Leaving Certificate, 1898
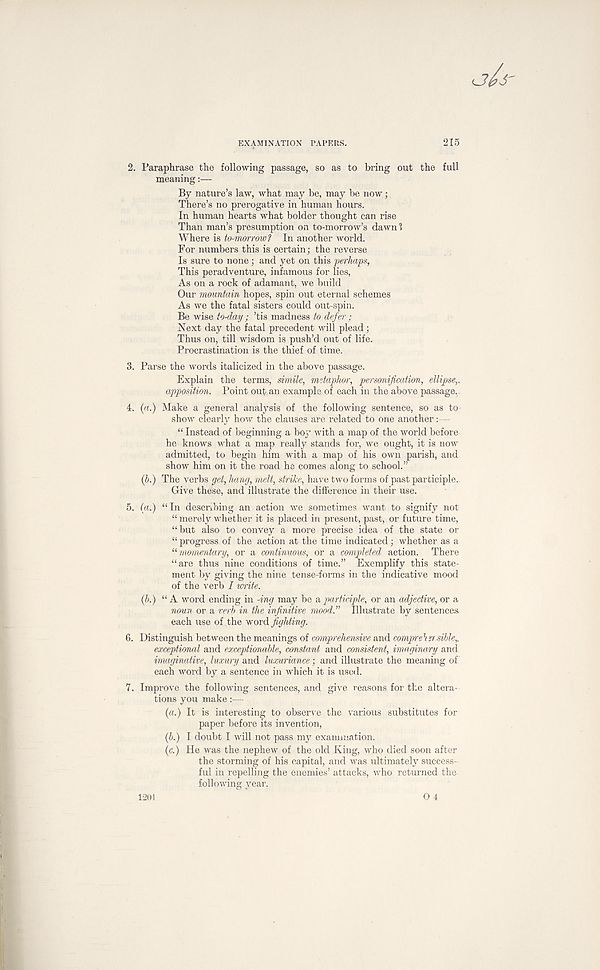
EXAMINATION PAPERS.
215
2. Paraphrase the following passage, so as to bring out the full
meaning
By nature’s law, what may be, may be now;
There’s no prerogative in human hours.
In human hearts what bolder thought can rise
Than man’s presumption on to-morrow’s dawn 1
Where is to-morrow? In another world.
For numbers this is certain; the reverse
Is sure to none; and yet on this perhaps,
This peradventure, infamous for lies,
As on a rock of adamant, we build
Our mountain hopes, spin out eternal schemes
As we the fatal sisters could out-spin.
Be wise to-day ; ’tis madness to defer;
Next day the fatal precedent will plead;
Thus on, till wisdom is push’d out of life.
Procrastination is the thief of time.
3. Parse the words italicized in the above passage.
Explain the terms, simile, metaphor, personification, ellipse,*
apposition. Point out. an example of each in the above passage,.
4. (a.) Make a general analysis of the following sentence, so as to'
show clearly how the clauses are related to one another:—
“ Instead of beginning a boy with a map of the world before
he knows what a map really stands for, we ought, it is now
admitted, to begin him with a map of his own parish, and
show him on it the road he comes along to school.”
(p.) The verbs get, hang, melt, strike, have two forms of past participle..
Give these, and illustrate the difference in their use.
5. (a.) “In describing an action we sometimes want to signify not
“ merely whether it is placed in present, past, or future time,
“but also to convey a more precise idea of the state or
“progress of the action at the time indicated; whether as a
li momentary, or a continuous, or a completed action. There
“are thus nine conditions of time.” Exemplify this state-
ment by giving the nine tense-forms in the indicative mood
of the verb I mite.
(b.) “A word ending in -ing may be a participle, or an adjective, or a
noun or a verb in the infinitive mood.” Illustrate by sentences,
each use of .the word fighting.
6. Distinguish between the meanings of comprehensive and comprehersible^
exceptional and exceptionable, constant and consistent, imaginary and
imaginative, luxury and luxuriance; and illustrate the meaning of
each word by a sentence in which it is used.
7. Improve the following sentences, and give reasons for the altera-
tions you make:—
(a.) It is interesting to observe the various substitutes for
paper before its invention,
(5.) I doubt I will not pass my exanimation.
(c.) He was the nephew of the old King, who died soon after
the storming of his capital, and was ultimately success-
ful in repelling the enemies’ attacks, who returned the
following year.
0 4
1201